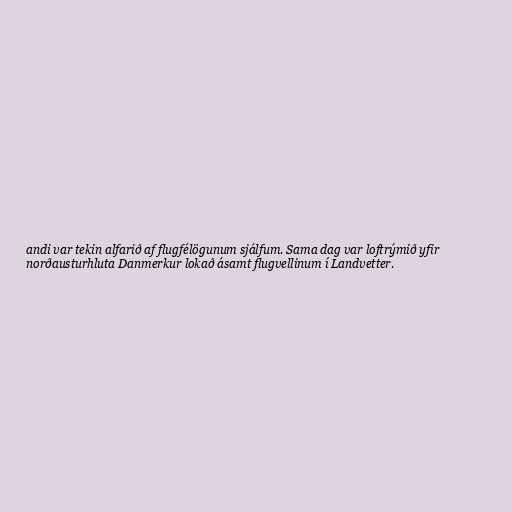
andi var tekin alfarið af flugfélögunum sjálfum. Sama dag var loftrýmið yfir
norðausturhluta Danmerkur lokað ásamt flugvellinum í Landvetter.